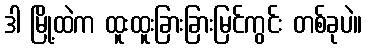
ဒါ မြို့ထဲက ထူးထူးခြားခြားမြင်ကွင်း တစ်ခုပဲ။